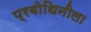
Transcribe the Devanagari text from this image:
प्रबोधिनीला